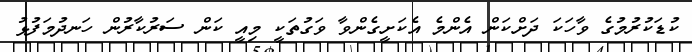
ކުޑަކުރުމުގެ ވާހަކަ ދަށްކަން އެންމެ އެކަށީގެންވާ ވަގުތަކީ މިއީ ކަން ސަރުކާރުން ހަނދުމަފުޅު